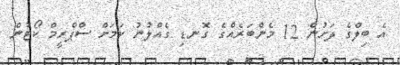
އެ ބިލްގެ ދަށުން 12 މެންބަރެއްގެ ގޮނޑި ގެއްލުނު ކަމަށް ސްޕްރީމް ކޯޓުން